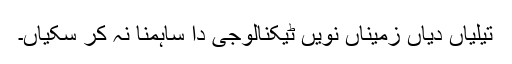
تیلیاں دیاں زمیناں نویں ٹیکنالوجی دا ساہمنا نہ کر سکیاں۔